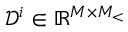
\mathcal { D } ^ { i } \in \mathbb { R } ^ { M \times M _ { < } }